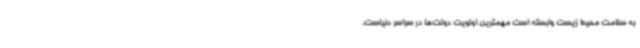
به سلامت محیط زیست وابسته است مهمترین اولویت دولت‌ها در سراسر دنیاست،